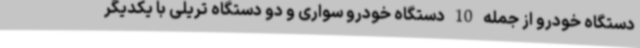
دستگاه خودرو از جمله 10 دستگاه خودرو سواری و دو دستگاه تریلی با یکدیگر